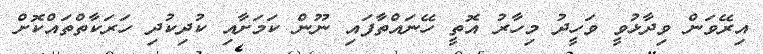
އިރޭވަން ވިދާޅުވީ ވަހީދު މިހާރު އޮތީ ހޭނައްތާފައި ނޫން ކަމަށާއި ކުދިކުދި ހަރަކާތްތައްކޮށް